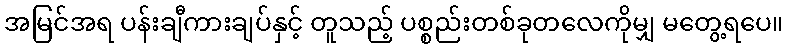
အမြင်အရ ပန်းချီကားချပ်နှင့် တူသည့် ပစ္စည်းတစ်ခုတလေကိုမျှ မတွေ့ရပေ။